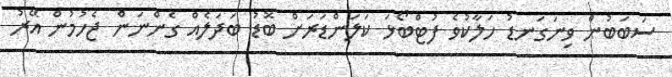
ސަބަބުން ވިނަގަނޑު ހަލާކުވެ ފުޓްބޯޅަ ކަލަންޑަރަށް ބޮޑު ބަދަލެއް ގެންނަން ޖެހުމުން އޭރު